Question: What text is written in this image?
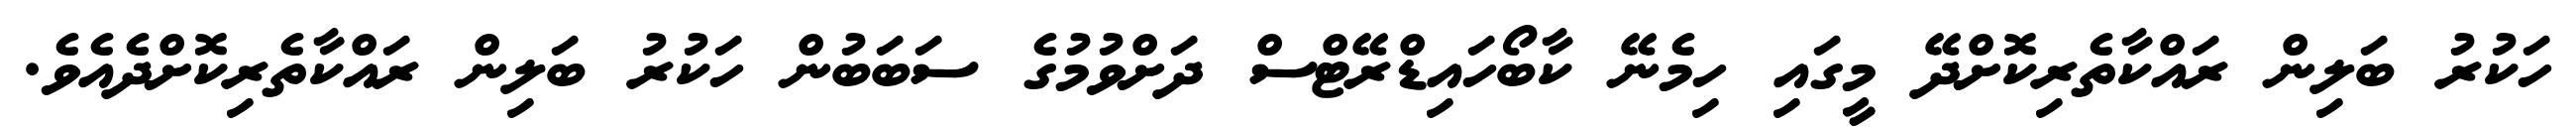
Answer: ހަކުރު ބަލިން ރައްކާތެރިކޮށްދޭ މީގައި ހިމެނޭ ކާބޯހައިޑްރޭޓްސް ދަށްވުމުގެ ސަބަބުން ހަކުރު ބަލިން ރައްކާތެރިކޮށްދެއެވެ.